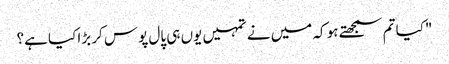
"کیا تم سمجھتے ہو کہ میں نے تمہیں یوں ہی پال پوس کر بڑا کیا ہے؟